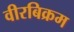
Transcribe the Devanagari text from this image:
वीरबिक्रम